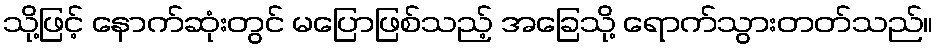
သို့ဖြင့် နောက်ဆုံးတွင် မပြောဖြစ်သည့် အခြေသို့ ရောက်သွားတတ်သည်။